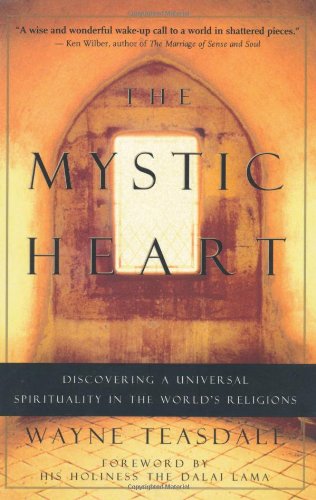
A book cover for The Mystic Heart: Discovering a Universal Spirituality in the World's Religions; Wayne Teasdale; Christian Books & Bibles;